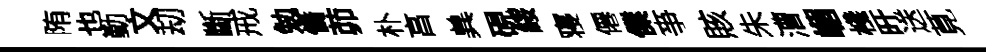
陏也勤文刧斷戒勉僑茆朴亯兾硯綏寝僊㒒亊賅朱漕嵋棧旴送莧